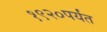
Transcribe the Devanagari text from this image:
१९२०पर्यंत